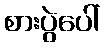
စားပွဲပေါ်